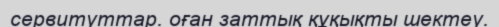
сервитуттар. оған заттық құқықты шектеу.